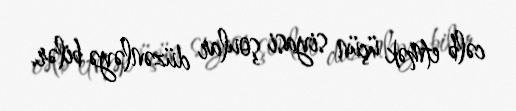
cəlb etmək üçün siyasi şoular düzənləyə bilər.